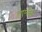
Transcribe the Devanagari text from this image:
लएंनेक